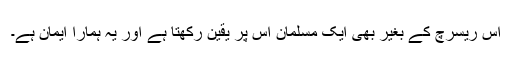
اس ریسرچ کے بغیر بھی ایک مسلمان ‌اس پر یقین رکھتا ہے اور یہ ہمارا ایمان ہے۔